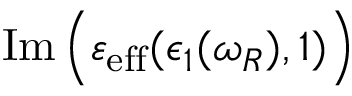
\operatorname { I m } \Big ( \varepsilon _ { \mathrm { e f f } } ( \epsilon _ { 1 } ( \omega _ { R } ) , 1 ) \Big )